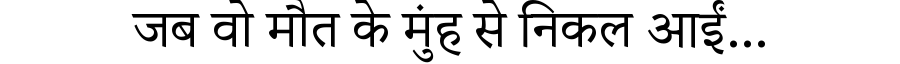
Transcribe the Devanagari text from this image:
जब वो मौत के मुंह से निकल आईं...